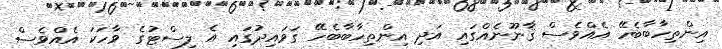
އިންތިހާބާބެހޭ އެއްވެސް ޤާނޫނެއްގައި އަދި އިންތިހާބާބެހޭ ގަވައިދުގައި އެ ލިސްޓުގެ ވާހަކަ އެއްވެސް